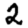
Digit: 2